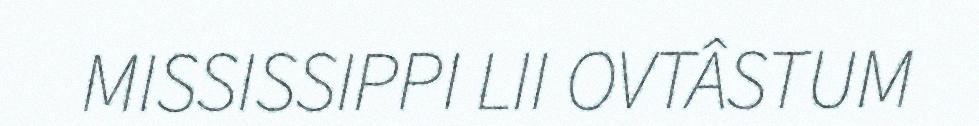
MISSISSIPPI LII OVTÂSTUM